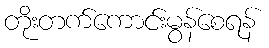
တိုးတက်ကောင်းမွန်စေရန်